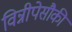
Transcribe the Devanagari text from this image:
विन्नीपेसौकी